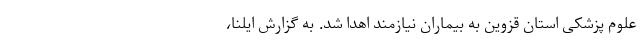
علوم پزشکی استان قزوین به بیماران نیازمند اهدا شد. به گزارش ایلنا،